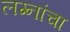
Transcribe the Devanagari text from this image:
लग्नांचा